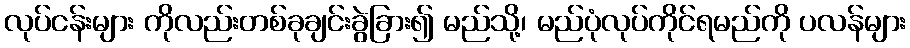
လုပ်ငန်းများ ကိုလည်းတစ်ခုချင်းခွဲခြား၍ မည်သို့၊ မည်ပုံလုပ်ကိုင်ရမည်ကို ပလန်များ